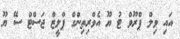
އައި ވިލް ޕްރޫވް ޓު ޔޫ އެވްރިތިންގް ޕްލީޒް ޖަސްޓް ސޭ ޔޫ